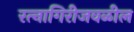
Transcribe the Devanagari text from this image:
रत्‍नागिरीजवळील